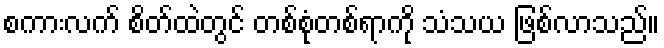
စကားလက် စိတ်ထဲတွင် တစ်စုံတစ်ရာကို သံသယ ဖြစ်လာသည်။